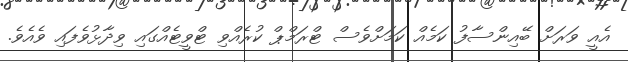
އެއީ ވަރަށް ބޭއިންސާފު ކަމެއް ކަމަށްވެސް ޓްރަމްޕް ކުރެއްވި ޓްވީޓެއްގައި ވިދާޅުވެފައި ވެއެވެ.